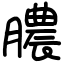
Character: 膿